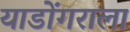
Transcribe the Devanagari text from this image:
याडोंगराला